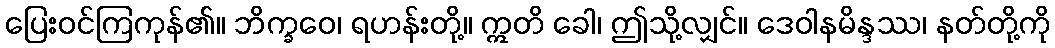
ပြေးဝင်ကြကုန်၏။ ဘိက္ခဝေ၊ ရဟန်းတို့။ ဣတိ ခေါ၊ ဤသို့လျှင်။ ဒေဝါနမိန္ဒဿ၊ နတ်တို့ကို